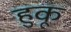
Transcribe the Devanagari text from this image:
हुकू